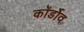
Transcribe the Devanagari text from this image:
कॉर्डोव